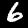
Digit: 6